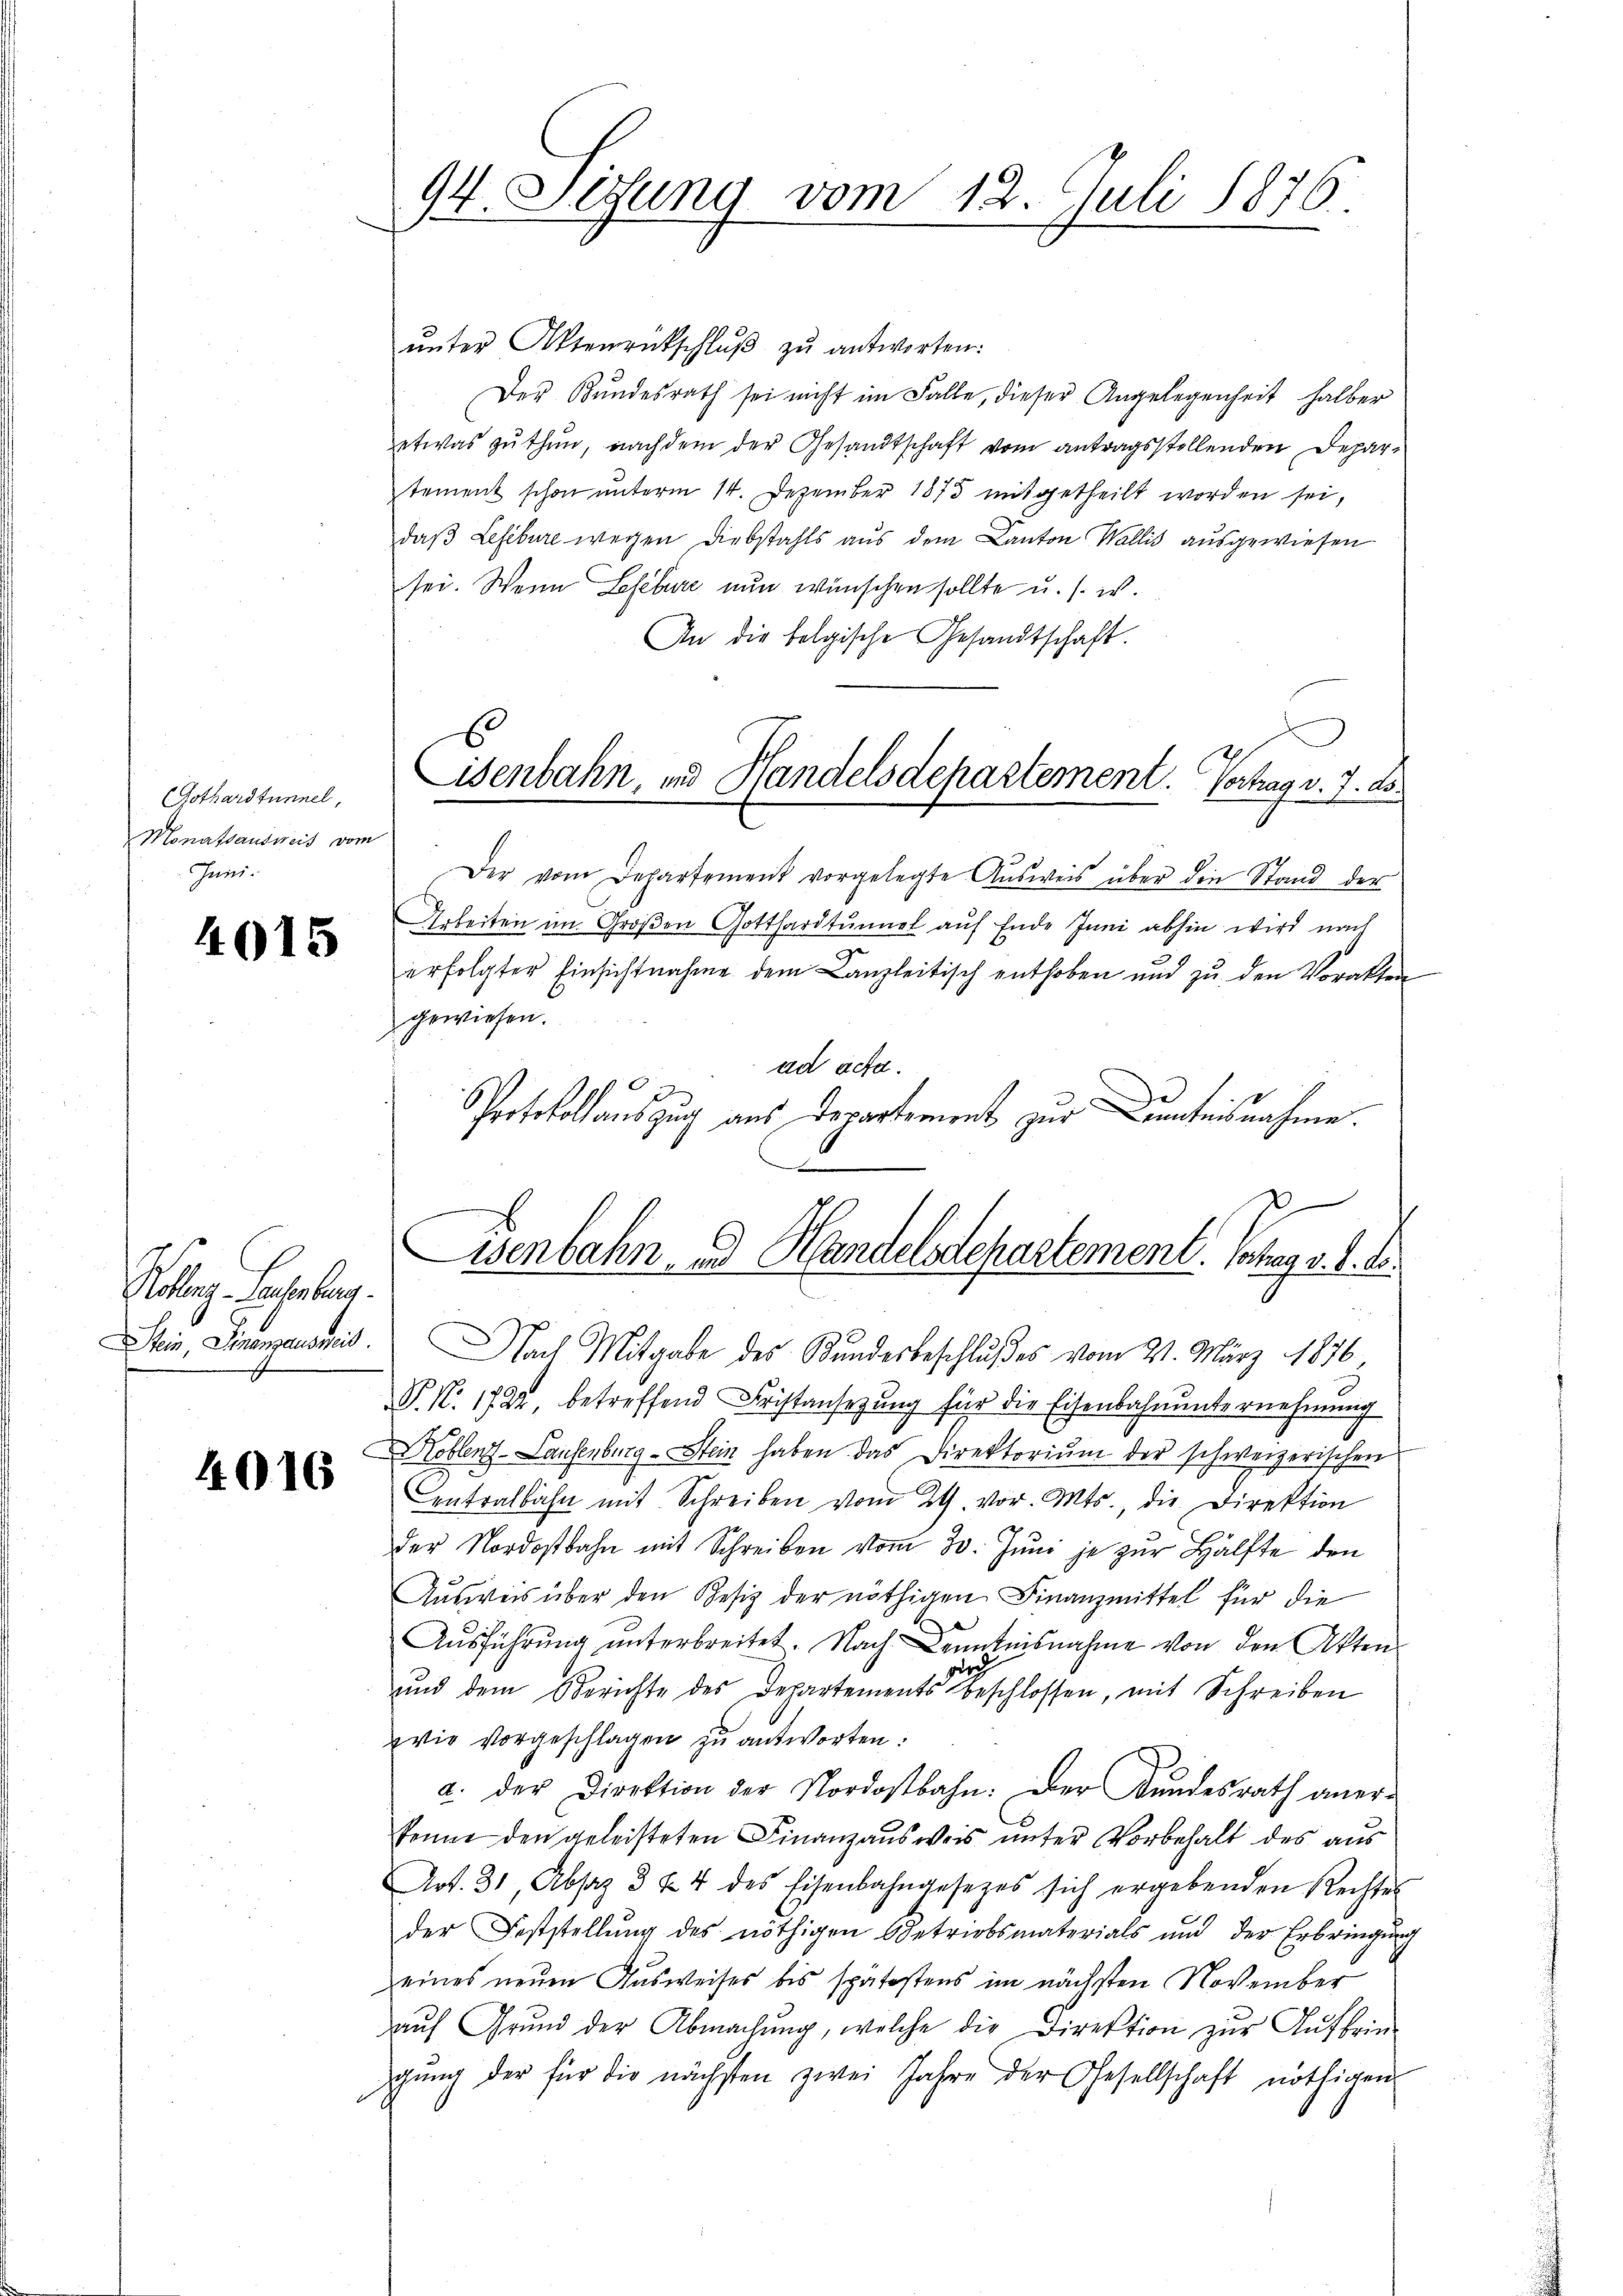
(Gothardtunnel,
Monatsausweis vom
Juni.

4015

Rolleg. Lebenberg.

4016

94. Sezung vom 12. Juli 1876.

ŭnter Aktenrückschlŭβ zŭ antworten:
Der Bundesrath sei nicht im Falle, dieser Angelegenheit halber
etwas zŭ thŭn, nachdem der Gesandtschaft vom antragsstellenden Departement schon ŭnterm 14. Dezember 1873 mitgetheilt worden sei,
daß Lefibure wegen Diebstahls aus dem Canton Wallis ausgewiesen
sei. Wenn Lesebure nun wünschen sollte u. s. w.
An die folgische Gesandtschaft.
Der vom Departement vorgelegte Ausweis über die Stand der
Arbeiten im Großen Gotthardtunnel auf Ende Juni abhin wird nach
erfolgter Einsichtnahme dem Canzleitisch enthoben und zu den Vorakten
gewiesen.
ad acta.
Protokollauszug aus Departement zur Kenntnisnahme.
Stein, Finanzausmit. Nach Mitgabe des Kundesbeschlußes vom 21. März 1876,
P. Nr. 1722, betreffend Fristansezung für die Eisenbahnunternehmung
Koblenz-Laufenburg-Stein haben das Direktoriŭm der schweizerischen
entralbahn mit Schreiben vom 24. vor. Mts., die Direktion
der Nordostbahn mit Schreiben vom 20. Juni je zur Hälfte den
Ausweis über den Besiz der nöthigen Finanzmittel für die
Ausführung unterbreitet. Nach Kenntnisnahme von den Akten
ge
und dem Berichte des Departements beschlossen, mit Schreiben
wie vorgeschlagen zu antworten.
a. der Direktion der Nordostbahn. Der Kundesrath aner-
kenne den geleisteten Finanzausweis unter Vorbehalt des aus
Art. 31, Absaz 3 & 4 des Eisenbahngesetzes sich ergebenden Rechtes
der Feststellŭng des nöthigen Betriebsmaterials und der Erbringŭng
eines neuen Ausweises bis spätestens im nächsten November
auf Grund der Abmachung, welche die Direktion zur Aufbrin-
gŭng der für die nächsten zwei Jahre der Gesellschaft nöthigen

Lisenbahn, und Handelsdepartement. Vertrag v. 7. d.

Eisenbahn- u. Handelsdepartement. Solang v. d. d.